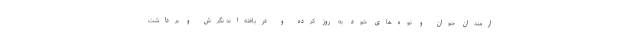
ارمندان جوان و نوه‌های خود به روز کرده و دریافته‌اند نگرش و برداشت